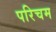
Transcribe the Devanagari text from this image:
परिचम